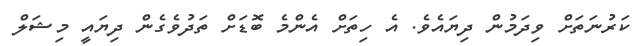
ކަރުނަތަށް ވިދަމުން ދިޔައެވެ. އެ ހިތަށް އެންމެ ބޮޑަށް ތަދުވެގެން ދިޔައީ މިޝަލް